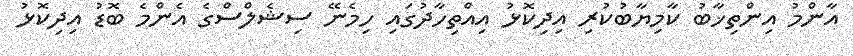
އާންމު އިންތިޚާބު ކާމިޔާބުކުރި އިދިކޮޅު އިއްތިހާދުގައި ހިމެނޭ ސިޝެލްސްގެ އެންމެ ބޮޑު އިދިކޮޅު